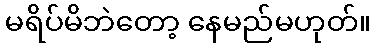
မရိပ်မိဘဲတော့ နေမည်မဟုတ်။